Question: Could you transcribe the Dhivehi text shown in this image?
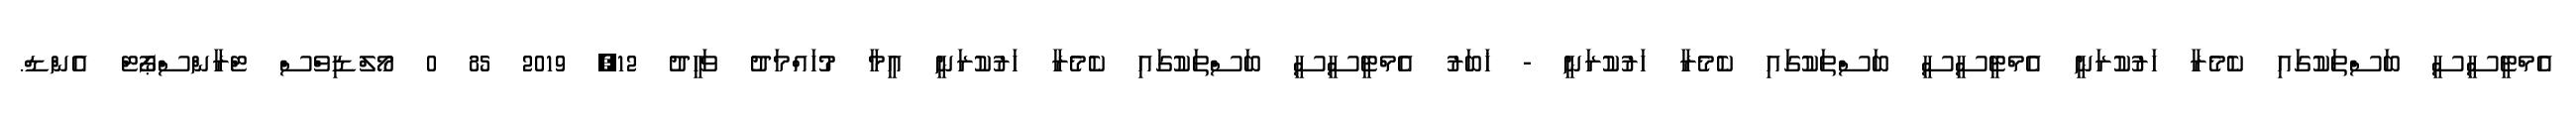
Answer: އެމްޓީސީސީ ބަސްތަކުގައި ކެމެރާ ހަރުކުރަނީ އެމްޓީސީސީ ބަސްތަކުގައި ކެމެރާ ހަރުކުރަނީ - ޚަބަރު އެމްޓީސީސީ ބަސްތަކުގައި ކެމެރާ ހަރުކުރަނީ އީމާ މުހައްމަދު ވަހީދު 12, 2019 85 0 މޯލްޑިވްސް ޓްރާންސްޕޯޓް އެންޑް.